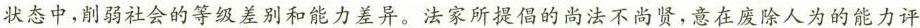
状态中，削弱社会的等级差别和能力差异。法家所提倡的尚法不尚贤，意在废除人为的能力评